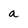
Character: a